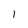
Character: I